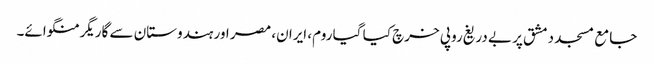
جامع مسجد دمشق پر بے دریغ روپی خرچ کیا گیا روم، ایران، مصر اور ہندوستان سے گاریگر منگوائے۔